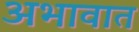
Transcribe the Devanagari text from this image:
अभावात